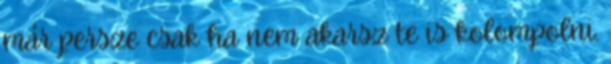
már persze csak ha nem akarsz te is kolompolni.